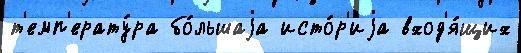
т'емп'ерату́ра бо́льшаjа исто́р'иjа вход'я́щих